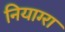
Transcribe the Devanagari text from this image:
नियाग्‍रा